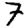
Digit: 7